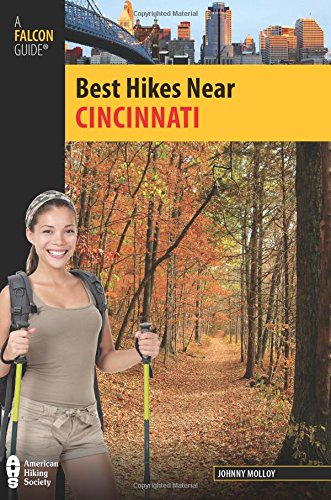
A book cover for Best Hikes Near Cincinnati (Best Hikes Near Series); Johnny Molloy; Travel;